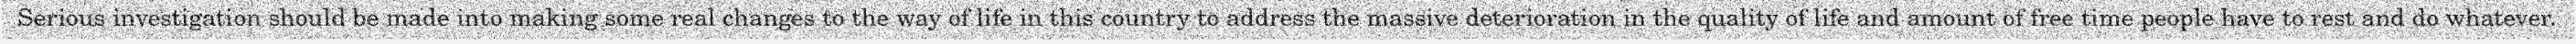
Serious investigation should be made into making some real changes to the way of life in this country to address the massive deterioration in the quality of life and amount of free time people have to rest and do whatever.